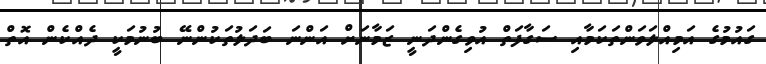
ގައުމުގެ އަމިއްލަވަންތަކަމާއި ސަގާފަތް އުވިގެންދަނީ ޒަމާނަށް އަންނަ ބަދަލުތަކުންނޭ ބުނުމަކީ ދެއްކެން އޮތް